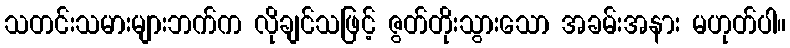
သတင်းသမားများဘက်က လိုချင်သဖြင့် ဇွတ်တိုးသွားသော အခမ်းအနား မဟုတ်ပါ။